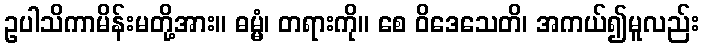
ဥပါသိကာမိန်းမတို့အား။ ဓမ္မံ၊ တရားကို။ စေ ဝိဒေသေတိ၊ အကယ်၍မူလည်း